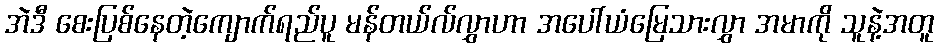
အဲဒီ စေးပြစ်နေတဲ့ကျောက်ရည်ပူ မန်တယ်လ်လွှာဟာ အပေါ်ယံမြေသားလွှာ အမာကို သူနဲ့အတူ